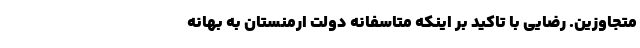
متجاوزین. رضایی با تاکید بر اینکه متاسفانه دولت ارمنستان به بهانه